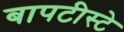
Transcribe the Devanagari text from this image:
बापटीस्टे